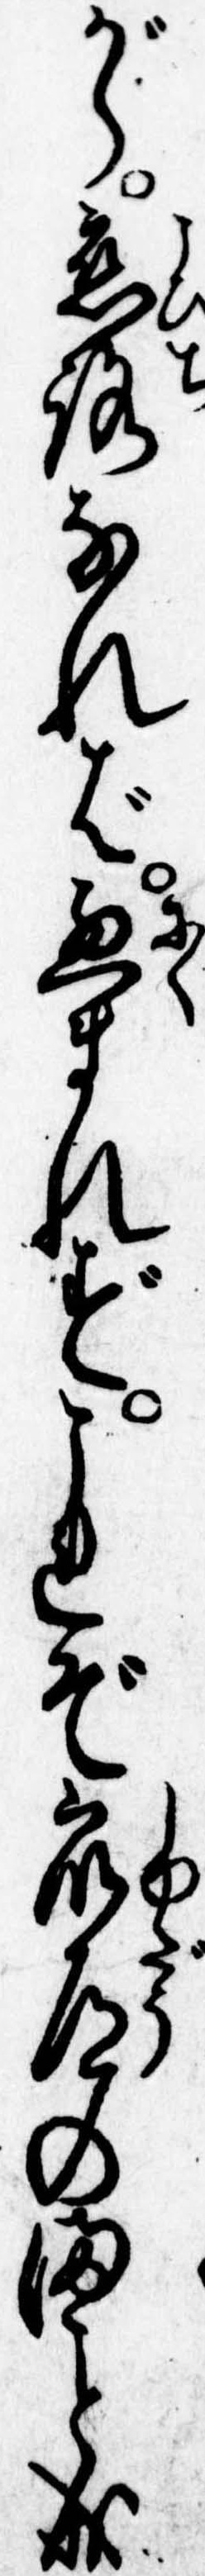
がら恋路なれば悪まれずこれぞ衆道のま成